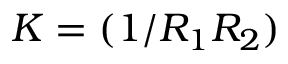
K = ( 1 / R _ { 1 } R _ { 2 } )